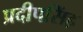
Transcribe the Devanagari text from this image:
प्रदीपसिंह